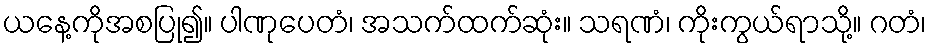
ယနေ့ကိုအစပြု၍။ ပါဏုပေတံ၊ အသက်ထက်ဆုံး။ သရဏံ၊ ကိုးကွယ်ရာသို့။ ဂတံ၊